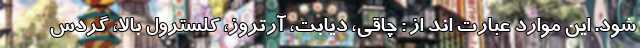
شود. این موارد عبارت اند از : چاقی، دیابت، آرتروز، کلسترول بالا، گردش